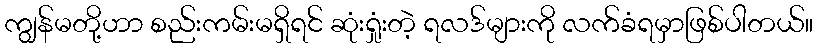
ကျွန်မတို့ဟာ စည်းကမ်းမရှိရင် ဆုံးရှုံးတဲ့ ရလဒ်များကို လက်ခံရမှာဖြစ်ပါတယ်။